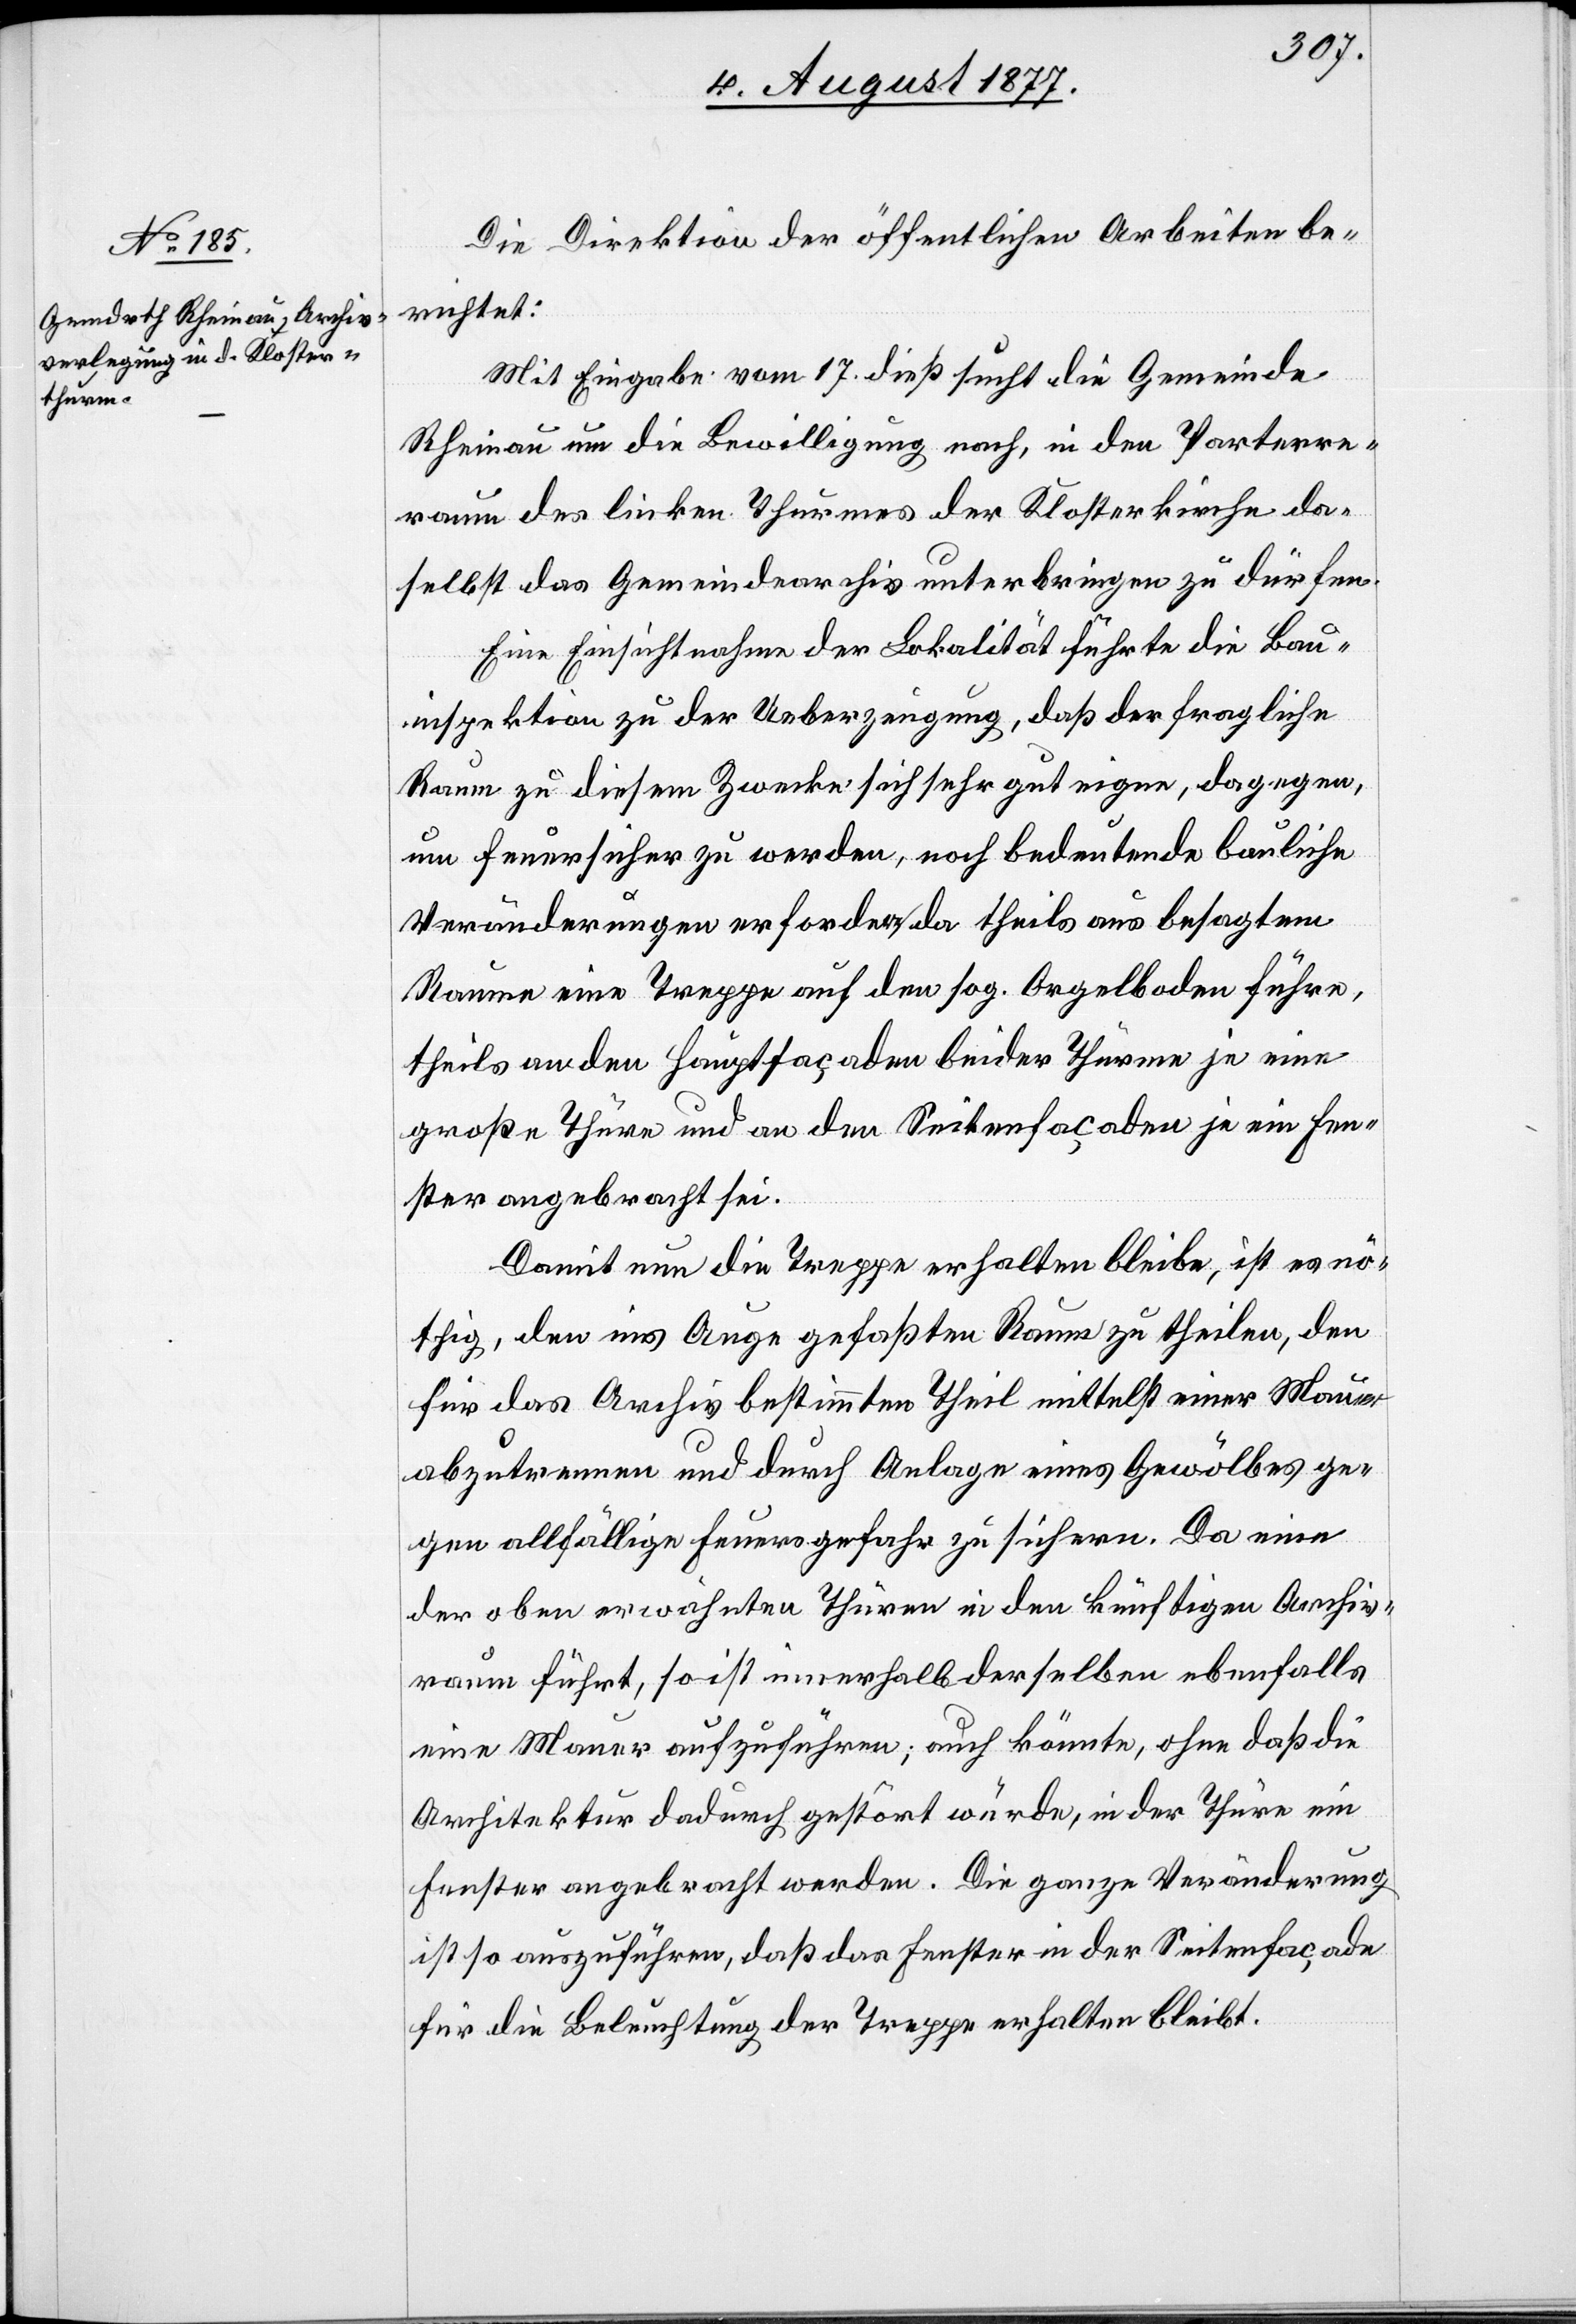
Die Direktion der öffentlichen Arbeiten be¬
richtet:
Mit Eingabe vom 17. dieß sucht die Gemeinde
Rheinau um die Bewilligung nach, in den Parterre¬
raum des linken Thurmes der Klosterkirche da¬
selbst das Gemeindearchiv unterbringen zu dürfen.
Eine Einsichtnahme der Lokalität führte die Bau¬
inspektion zu der Ueberzeugung, daß der fragliche
Raum zu diesem Zwecke sich sehr gut eigne, dagegen,
um feuersicher zu werden, noch bedeutende bauliche
Veränderungen erfordere, da theils aus besagtem
Raume eine Treppe auf den sog. Orgelboden führe,
theils an den Hauptfaçaden beider Thürme je eine
große Thüre und an den Seitenfaçaden je ein Fen¬
ster angebracht sei.
Damit nun die Treppe erhalten bleibe, ist es nö¬
thig, den ins Auge gefaßten Raum zu theilen, den
für das Archiv bestimmten Theil mittelst einer Mauer
abzutrennen und durch Anlage eines Gewölbes ge¬
gen allfällige Feuersgefahr zu sichern. Da eine
der oben erwähnten Thüren in den künftigen Archiv¬
raum führt, so ist innerhalb derselben ebenfalls
eine Mauer aufzuführen; auch könnte, ohne daß die
Architektur dadurch gestört würde, in der Thüre ein
Fenster angebracht werden. Die ganze Veränderung
ist so auszuführen, daß das Fenster in der Seitenfaçade
für die Beleuchtung der Treppe erhalten bleibt.